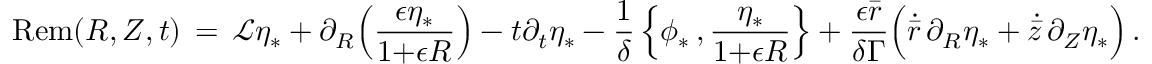
\mathrm { R e m } ( R , Z , t ) \, = \, \mathcal { L } \eta _ { * } + \partial _ { R } \Bigl ( \frac { \epsilon \eta _ { * } } { 1 { + } \epsilon R } \Bigr ) - t \partial _ { t } \eta _ { * } - \frac { 1 } { \delta } \, \Bigl \{ \phi _ { * } \, , \frac { \eta _ { * } } { 1 { + } \epsilon R } \Bigr \} + \frac { \epsilon \bar { r } } { \delta \Gamma } \Bigl ( \dot { \bar { r } } \, \partial _ { R } \eta _ { * } + \dot { \bar { z } } \, \partial _ { Z } \eta _ { * } \Bigr ) \, .